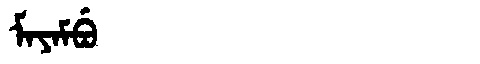
Manchu: ᠮᠠᠶᠠᠮᠪᡠ
Romanization: MAYAMBU